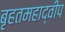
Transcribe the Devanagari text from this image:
बृहतमहाद्वीप